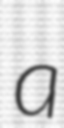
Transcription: a